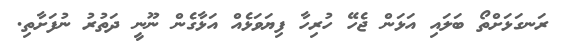
ރަނގަޅަށްތޯ ބަލައި އަޅަން ޖެހޭ ހުރިހާ ފިޔަވަޅެއް އަޅާގެން ނޫނީ ދަތުރު ނުފަށާތި.